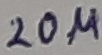
Text: 20µ